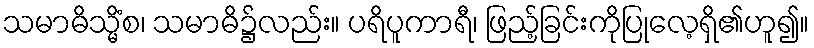
သမာဓိသ္မိံစ၊ သမာဓိ၌လည်း။ ပရိပူကာရီ၊ ဖြည့်ခြင်းကိုပြုလေ့ရှိ၏ဟူ၍။